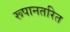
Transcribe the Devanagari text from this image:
रूपानतरित